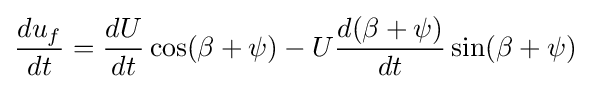
{\frac {du_{f}}{dt}}={\frac {dU}{dt}}\cos(\beta +\psi )-U{\frac {d(\beta +\psi )}{dt}}\sin(\beta +\psi )